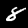
Digit: 8